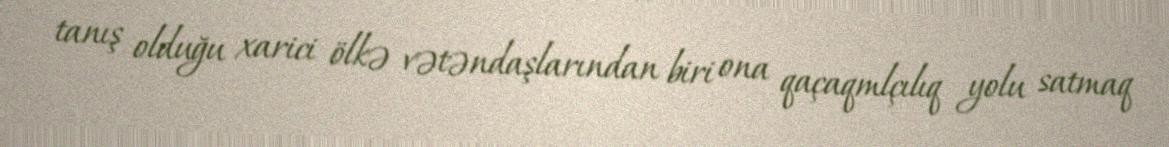
tanış olduğu xarici ölkə vətəndaşlarından biri ona qaçaqmlçılıq yolu satmaq